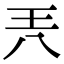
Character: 兲